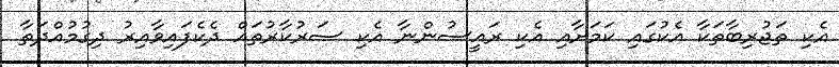
އެކި ތަޖުރިބާތަކާ އެކުގައި ކަމަށާއި އެކި ރައީސުންނާ އެކި ސަރުކާރުތައް ދެކެފައިވާއިރު ދިގުމުއްދަތާ